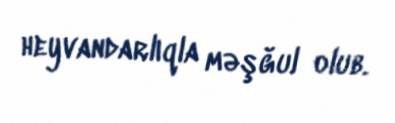
heyvandarlıqla məşğul olub.